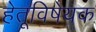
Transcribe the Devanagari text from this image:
हेतूविषेयक